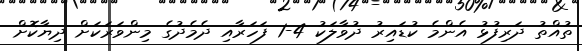
ތުއްތު ދަރިފުޅު އެންމެ ކުޑައިރު ދުވާލަކު 4-1 ފަހަރާއި ދެމެދުގެ މިންވަރަކަށް ދިޔާކޮށް